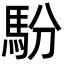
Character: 䭻